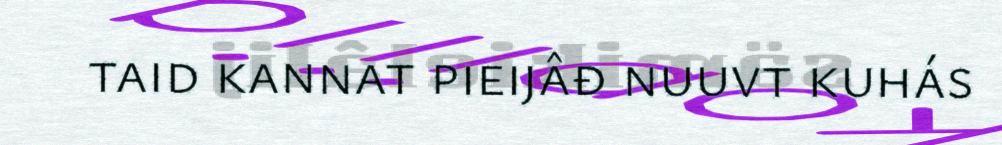
taid kannat pieijâđ nuuvt kuhás